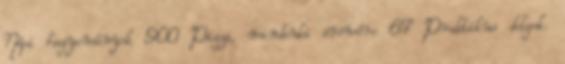
Népi hagyományok 900 Pizza, mindenki örömére 67 Praktikus dolgok.